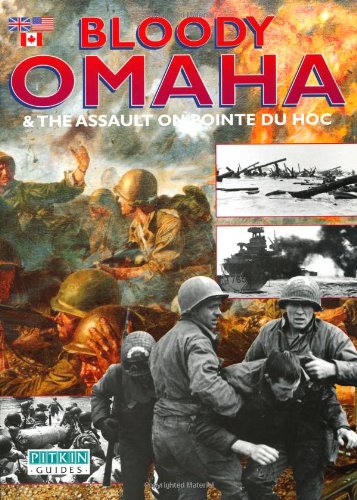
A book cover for Bloody Omaha - English: And the Assault on Pointe du Hoc (Military and Maritime); William Jordon; Travel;